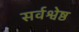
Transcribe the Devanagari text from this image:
सर्वश्वेष्ठ